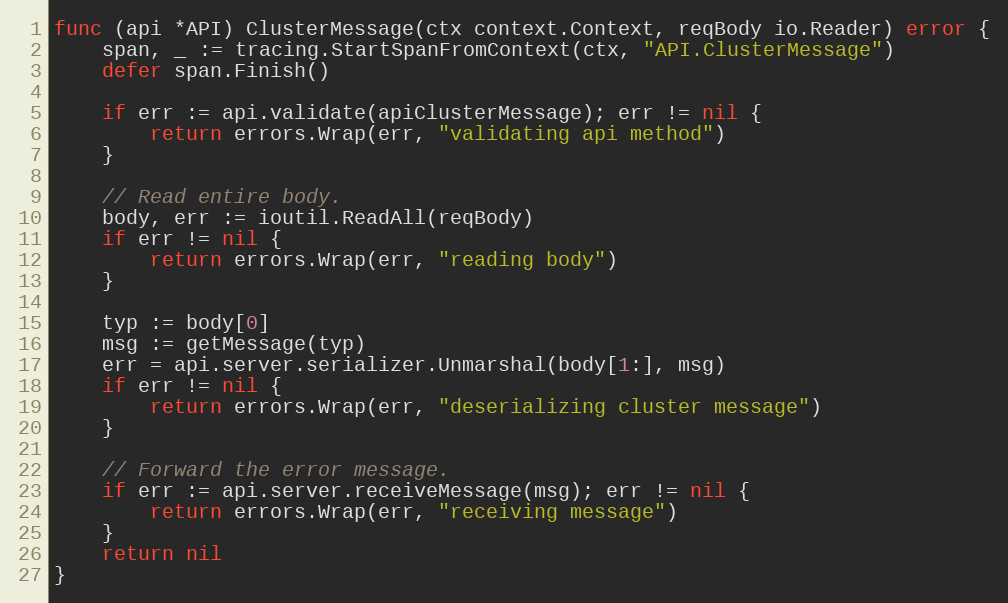
Language: Go
func (api *API) ClusterMessage(ctx context.Context, reqBody io.Reader) error {
	span, _ := tracing.StartSpanFromContext(ctx, "API.ClusterMessage")
	defer span.Finish()

	if err := api.validate(apiClusterMessage); err != nil {
		return errors.Wrap(err, "validating api method")
	}

	// Read entire body.
	body, err := ioutil.ReadAll(reqBody)
	if err != nil {
		return errors.Wrap(err, "reading body")
	}

	typ := body[0]
	msg := getMessage(typ)
	err = api.server.serializer.Unmarshal(body[1:], msg)
	if err != nil {
		return errors.Wrap(err, "deserializing cluster message")
	}

	// Forward the error message.
	if err := api.server.receiveMessage(msg); err != nil {
		return errors.Wrap(err, "receiving message")
	}
	return nil
}